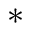
^ \ast